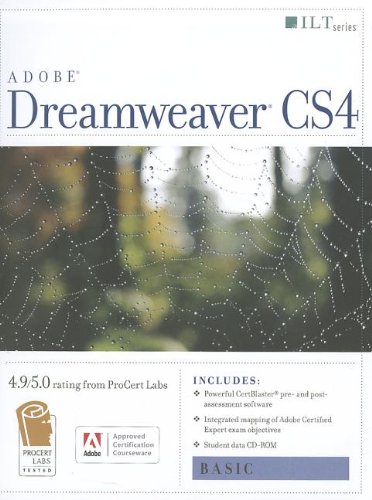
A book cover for Dreamweaver Cs4: Basic, Ace Edition + Certblaster + Data (ILT); Computers & Technology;